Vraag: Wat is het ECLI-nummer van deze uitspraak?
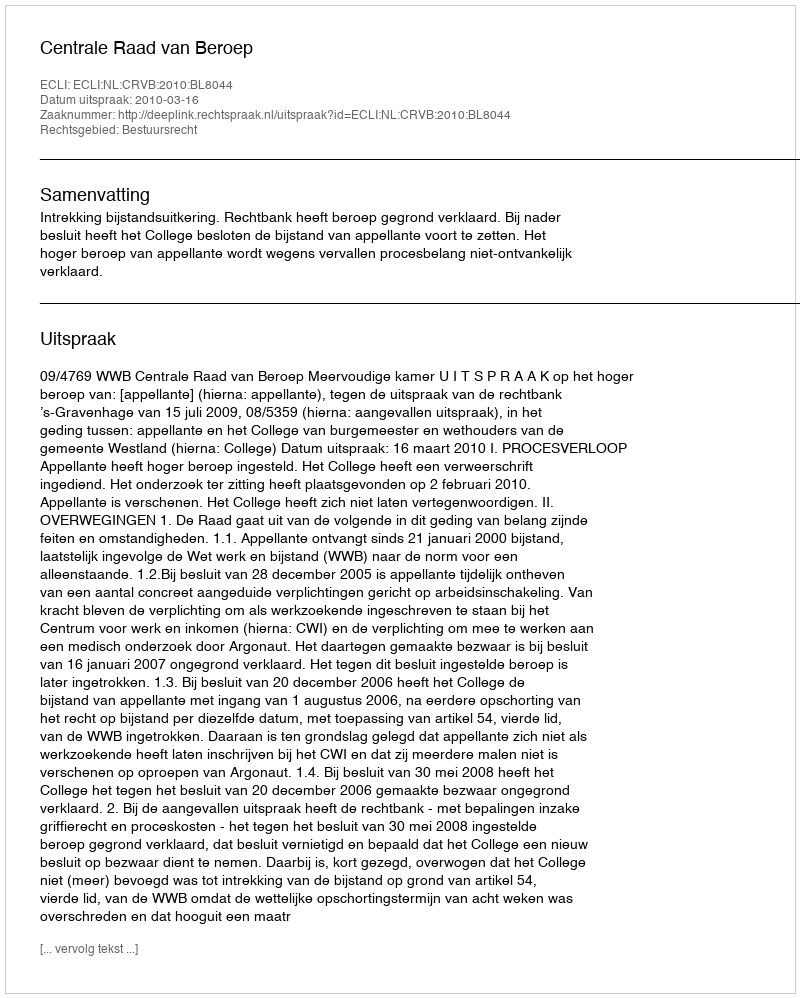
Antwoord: ECLI:NL:CRVB:2010:BL8044